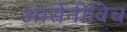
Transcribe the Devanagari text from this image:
आर्सेनीविच